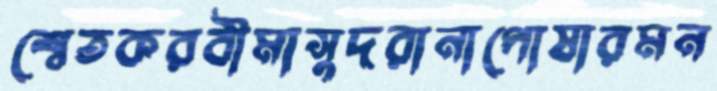
শ্বেতকরবীমাসুদরানাপোষারমন